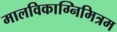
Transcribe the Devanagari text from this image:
मालविकाग्निमित्रम